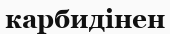
карбидінен